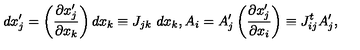
d x _ { j } ^ { \prime } = \left( \frac { \partial x _ { j } ^ { \prime } } { \partial x _ { k } } \right) d x _ { k } \equiv J _ { j k } \ d x _ { k } , A _ { i } = A _ { j } ^ { \prime } \left( \frac { \partial x _ { j } ^ { \prime } } { \partial x _ { i } } \right) \equiv J _ { i j } ^ { t } A _ { j } ^ { \prime } ,